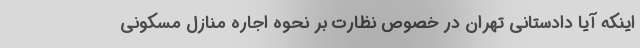
اینکه آیا دادستانی تهران در خصوص نظارت بر نحوه اجاره منازل مسکونی